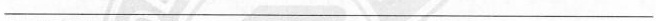
___